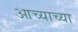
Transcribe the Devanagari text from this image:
आच्याच्या